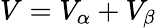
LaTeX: V=V_{\alpha}+V_{\beta}